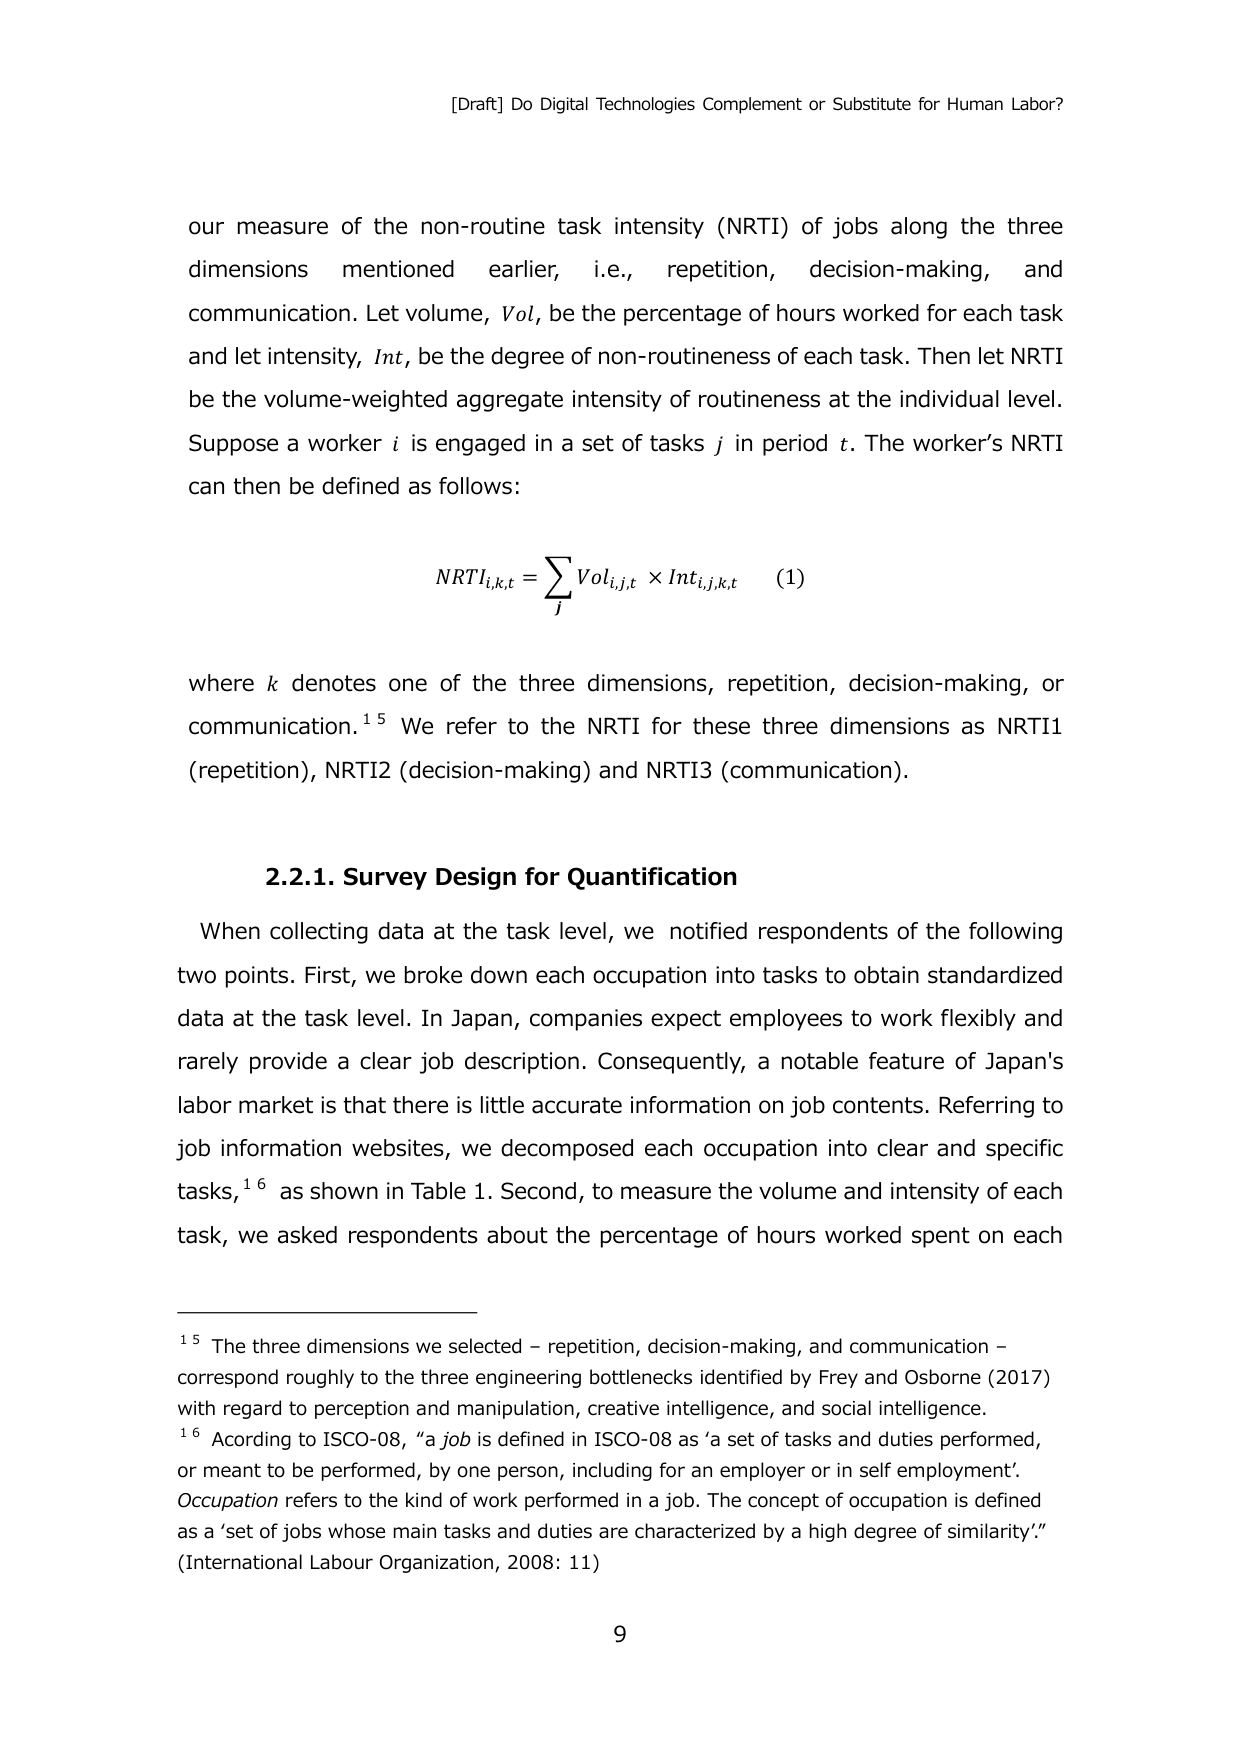
[Draft] Do Digital Technologies Complement or Substitute for Human Labor?

our measure of the non-routine task intensity (NRTI) of jobs along the three dimensions mentioned earlier, i.e., repetition, decision-making, and communication. Let volume, Vol, be the percentage of hours worked for each task and let intensity, Int, be the degree of non-routineness of each task. Then let NRTI be the volume-weighted aggregate intensity of routineness at the individual level. Suppose a worker i is engaged in a set of tasks j in period t. The worker’s NRTI can then be defined as follows:

NRTI_{i,k,t} = ∑_j Vol_{i,j,t} × Int_{i,j,k,t}   (1)

where k denotes one of the three dimensions, repetition, decision-making, or communication.¹⁵ We refer to the NRTI for these three dimensions as NRTI1 (repetition), NRTI2 (decision-making) and NRTI3 (communication).

2.2.1. Survey Design for Quantification

When collecting data at the task level, we notified respondents of the following two points. First, we broke down each occupation into tasks to obtain standardized data at the task level. In Japan, companies expect employees to work flexibly and rarely provide a clear job description. Consequently, a notable feature of Japan’s labor market is that there is little accurate information on job contents. Referring to job information websites, we decomposed each occupation into clear and specific tasks,¹⁶ as shown in Table 1. Second, to measure the volume and intensity of each task, we asked respondents about the percentage of hours worked spent on each

¹⁵ The three dimensions we selected – repetition, decision-making, and communication – correspond roughly to the three engineering bottlenecks identified by Frey and Osborne (2017) with regard to perception and manipulation, creative intelligence, and social intelligence.

¹⁶ Acording to ISCO-08, “a job is defined in ISCO-08 as ‘a set of tasks and duties performed, or meant to be performed, by one person, including for an employer or in self employment’. Occupation refers to the kind of work performed in a job. The concept of occupation is defined as a ‘set of jobs whose main tasks and duties are characterized by a high degree of similarity’.” (International Labour Organization, 2008: 11)

9